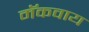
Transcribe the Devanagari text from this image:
मॅकवाय